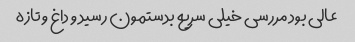
عالی بود مررسی خیلی سریع بدستمون رسید و داغ و تازه